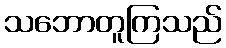
သဘောတူကြသည်